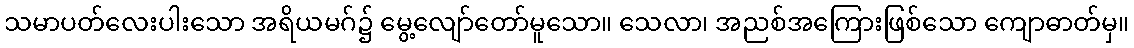
သမာပတ်လေးပါးသော အရိယမဂ်၌ မွေ့လျော်တော်မူသော။ သေလာ၊ အညစ်အကြေားဖြစ်သော ကျောဓာတ်မှ။